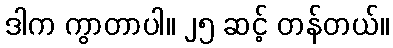
ဒါက ကွာတာပါ။ ၂၅ ဆင့် တန်တယ်။